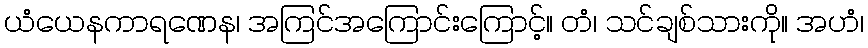
ယံယေနကာရဏေန၊ အကြင်အကြောင်းကြောင့်။ တံ၊ သင်ချစ်သားကို။ အဟံ၊